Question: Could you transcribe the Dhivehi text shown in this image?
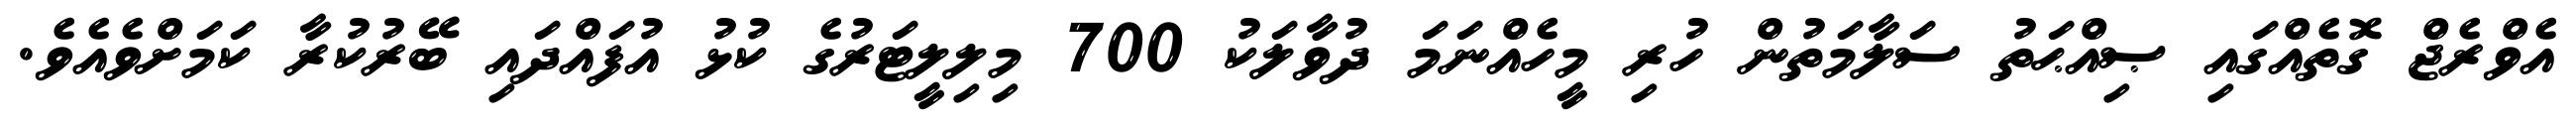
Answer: އެވްރެޖް ގޮތެއްގައި ޞިއްޙަތު ސަލާމަތުން ހުރި މީހެއްނަމަ ދުވާލަކު 700 މިލިލީޓަރުގެ ކުޅު އުފައްދައި ބޭރުކުރާ ކަމަށްވެއެވެ.